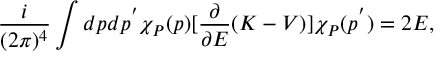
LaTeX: \frac i { ( 2 \pi ) ^ { 4 } } \int d p d p ^ { ^ { \prime } } \chi _ { { \cal P } } ( p ) [ \frac \partial { \partial E } ( K - V ) ] \chi _ { { \cal P } } ( p ^ { ^ { \prime } } ) = 2 E ,